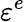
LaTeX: \varepsilon^{e}